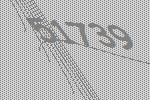
51739